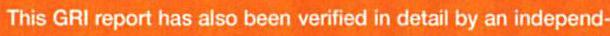
This GRI report has also been verified in detail by an independ-